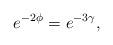
LaTeX: \begin{align*}e^{-2\phi} = e^{-3\gamma},\end{align*}